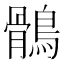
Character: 鶻